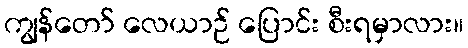
ကျွန်တော် လေယာဉ် ပြောင်း စီးရမှာလား။